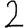
Digit: 2